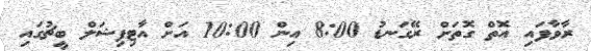
ރާވާފައި އޮތް ގޮތަށް ރޭގަނޑު 8:00 އިން 10:00 އަށް އާޓިފިޝަލް ބީޗުގައި